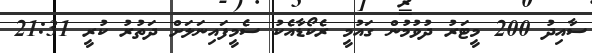
ސާއިދު 200 މީޓަރު ދުވުމުން ގައުމީ ރެކޯޑާއެކު ސެމީފައިނަލަށް ދަތުރު ކުރީ 21:31